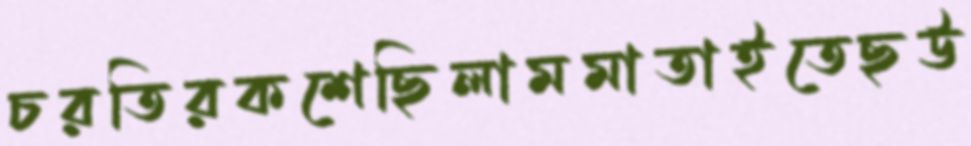
চরতিরকশেছিলামমাতাইতেছউ